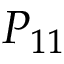
P _ { 1 1 }